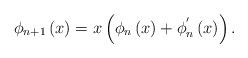
LaTeX: \begin{align*}\phi_{n+1}\left( x\right) =x\left( \phi_{n}\left( x\right) +\phi_{n}^{^{\prime}}\left( x\right) \right) .\end{align*}